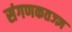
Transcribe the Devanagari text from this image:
संगणकतज्‍ज्ञ